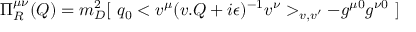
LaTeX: \Pi _ { R } ^ { \mu \nu } ( Q ) = m _ { D } ^ { 2 } [ \ q _ { 0 } < v ^ { \mu } ( v . Q + i \epsilon ) ^ { - 1 } v ^ { \nu } > _ { v , v ^ { \prime } } - g ^ { \mu 0 } g ^ { \nu 0 } \ ]